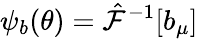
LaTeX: \psi_{b}(\theta)=\hat{\mathcal{F}}^{-1}[b_{\mu}]